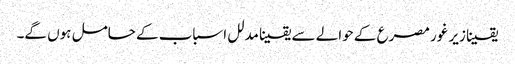
یقینا زیر غور مصرع کے حوالے سے یقینا مدلل اسباب کے حامل ہوں گے۔